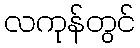
လကုန်တွင်